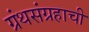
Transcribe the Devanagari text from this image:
ग्रंथसंग्रहाची